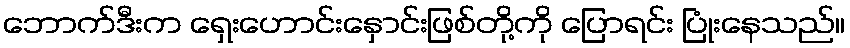
ဘောက်ဒီးက ရှေးဟောင်းနှောင်းဖြစ်တို့ကို ပြောရင်း ပြုံးနေသည်။